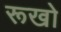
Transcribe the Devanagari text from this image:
रूखो